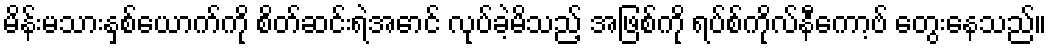
မိန်းမသားနှစ်ယောက်ကို စိတ်ဆင်းရဲအောင် လုပ်ခဲ့မိသည့် အဖြစ်ကို ရပ်စ်ကိုလ်နီကော့ဗ် တွေးနေသည်။